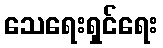
သေရေးရှင်ရေး